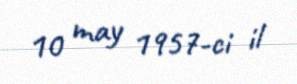
10 may 1957-ci il